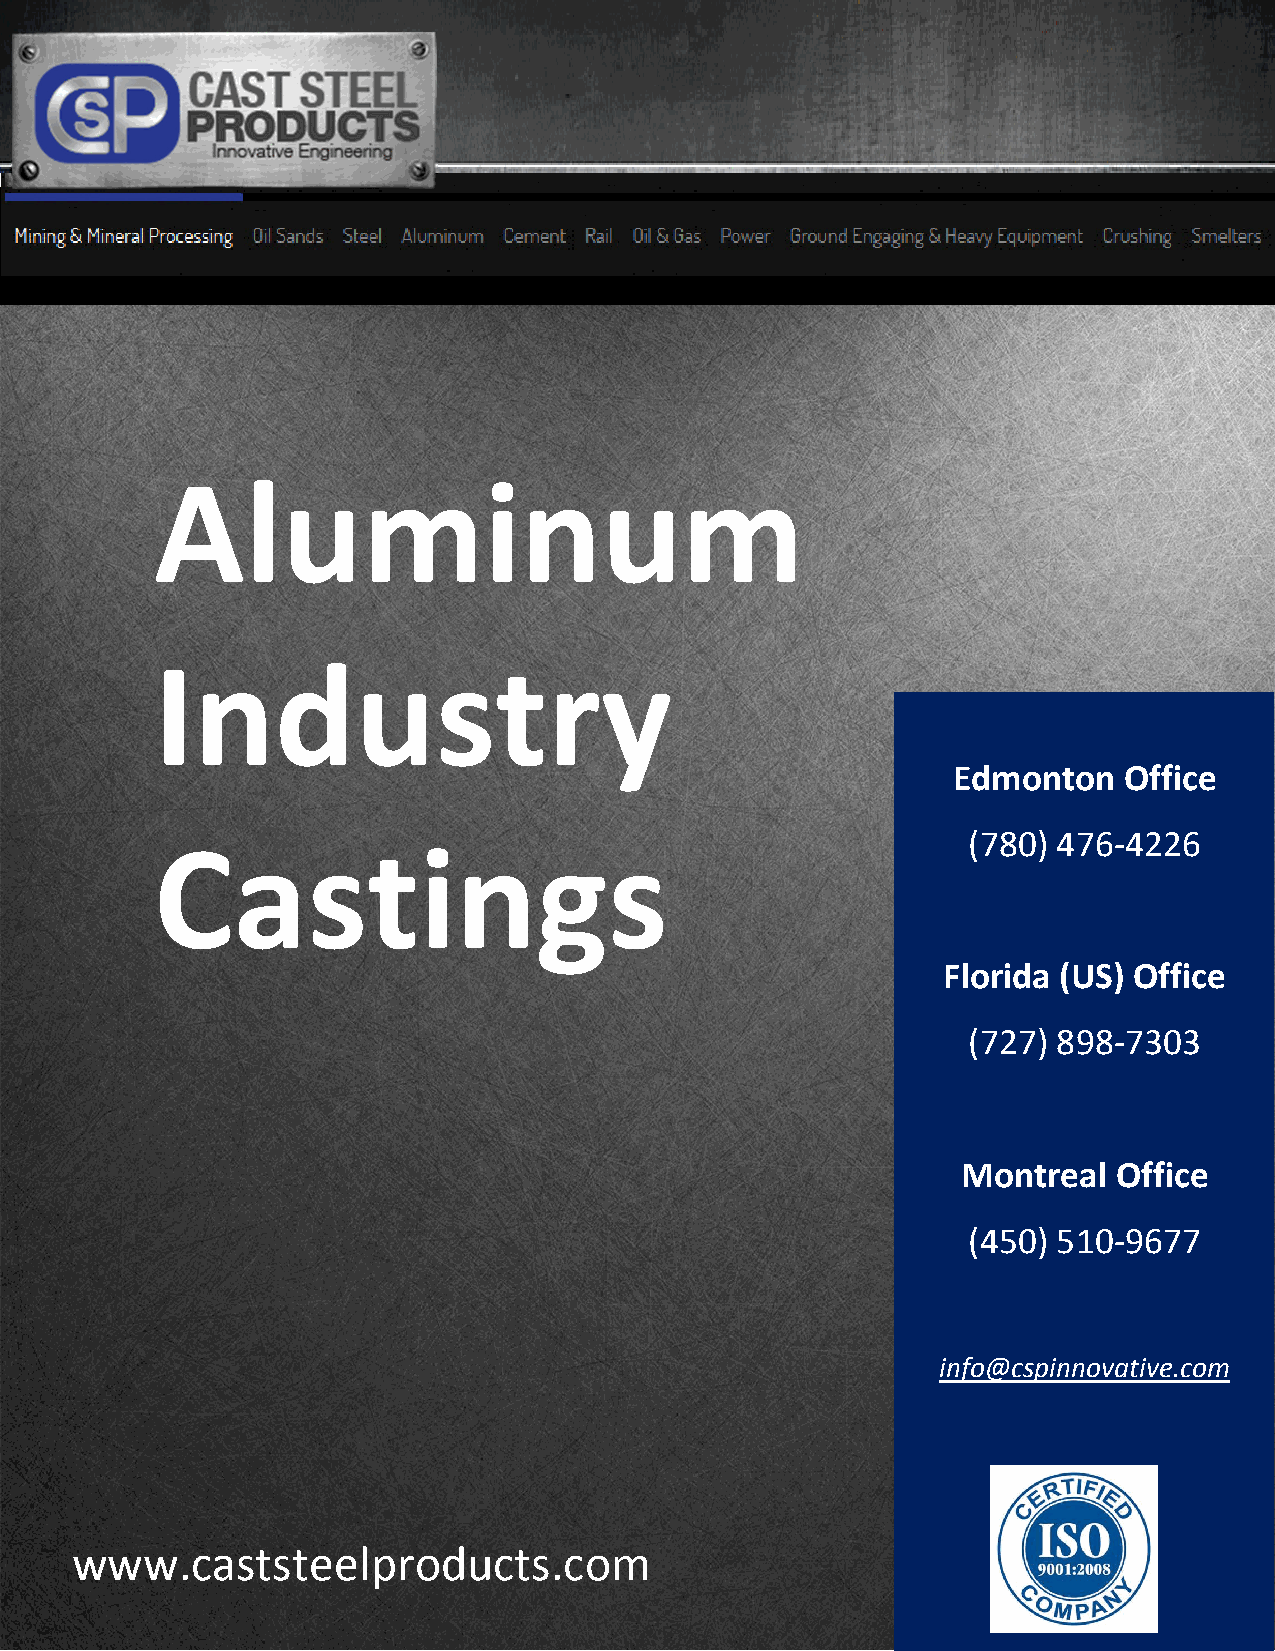
Aluminum
 Industry
 Edmonton   Office
 Castings                                              (780) 476-4226
 Florida (US) Office
 (727) 898-7303
 Montreal  Office
 (450) 510-9677
 info@cspinnovative.com
 www.caststeelproducts.com